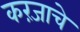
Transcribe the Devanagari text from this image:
करंजाचे